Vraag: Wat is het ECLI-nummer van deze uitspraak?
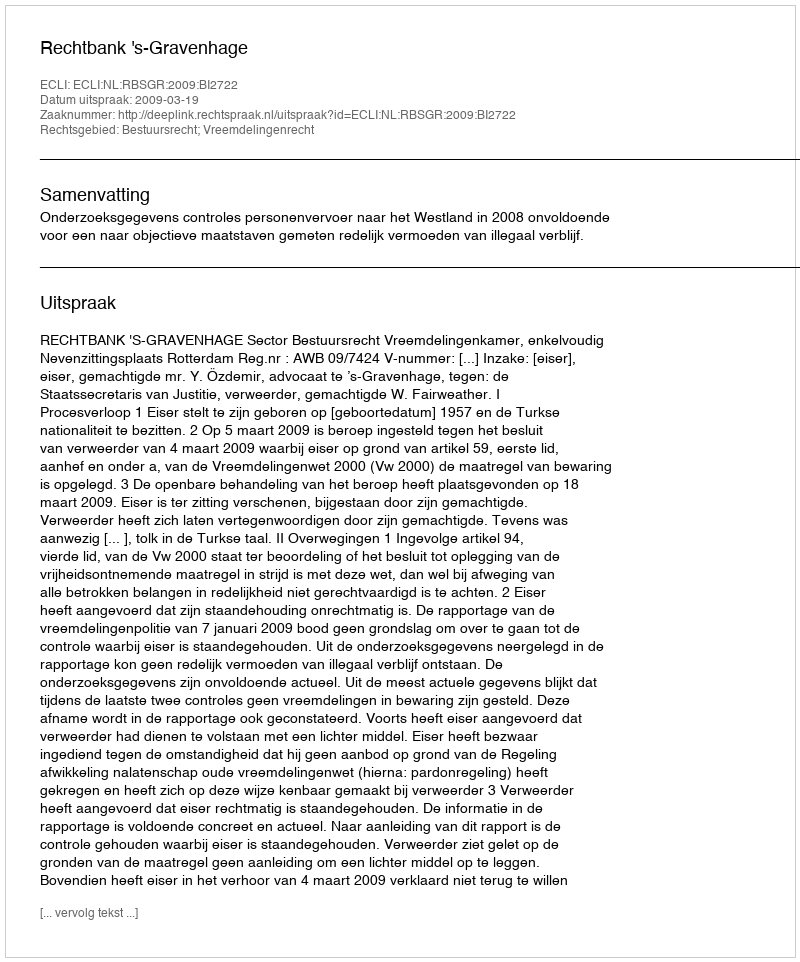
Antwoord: ECLI:NL:RBSGR:2009:BI2722